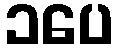
၁ပေ